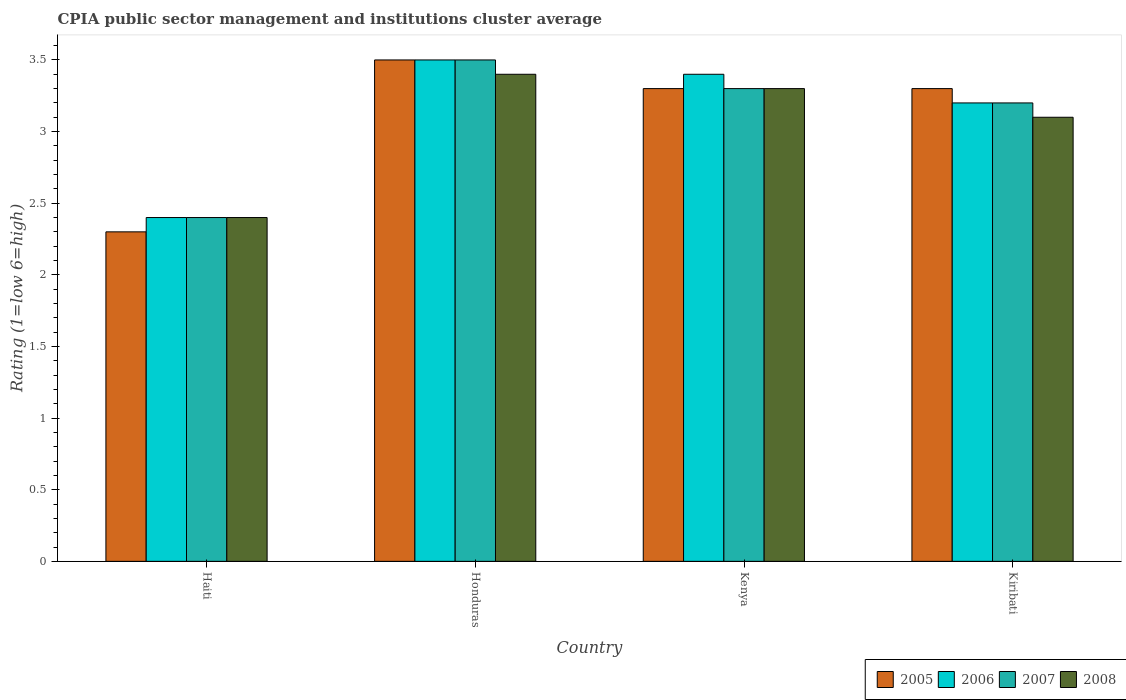
| Country | 2005 | 2006 | 2007 | 2008 |
 | --- | --- | --- | --- | --- |
 | Haiti | 2.3 | 2.4 | 2.4 | 2.4 |
 | Honduras | 3.5 | 3.5 | 3.5 | 3.4 |
 | Kenya | 3.3 | 3.4 | 3.3 | 3.3 |
 | Kiribati | 3.3 | 3.2 | 3.2 | 3.1 |